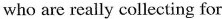
who are really collecting for